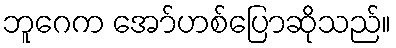
ဘူဂေက အော်ဟစ်ပြောဆိုသည်။